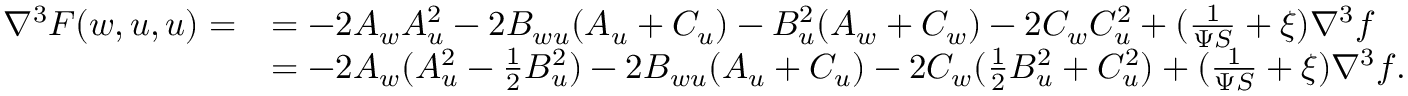
\begin{array} { r l } { \nabla ^ { 3 } F ( w , u , u ) = } & { = - 2 A _ { w } A _ { u } ^ { 2 } - 2 B _ { w u } ( A _ { u } + C _ { u } ) - B _ { u } ^ { 2 } ( A _ { w } + C _ { w } ) - 2 C _ { w } C _ { u } ^ { 2 } + ( \frac { 1 } { \Psi S } + \xi ) \nabla ^ { 3 } f } \\ & { = - 2 A _ { w } ( A _ { u } ^ { 2 } - \frac 1 2 B _ { u } ^ { 2 } ) - 2 B _ { w u } ( A _ { u } + C _ { u } ) - 2 C _ { w } ( \frac { 1 } { 2 } B _ { u } ^ { 2 } + C _ { u } ^ { 2 } ) + ( \frac { 1 } { \Psi S } + \xi ) \nabla ^ { 3 } f . } \end{array}